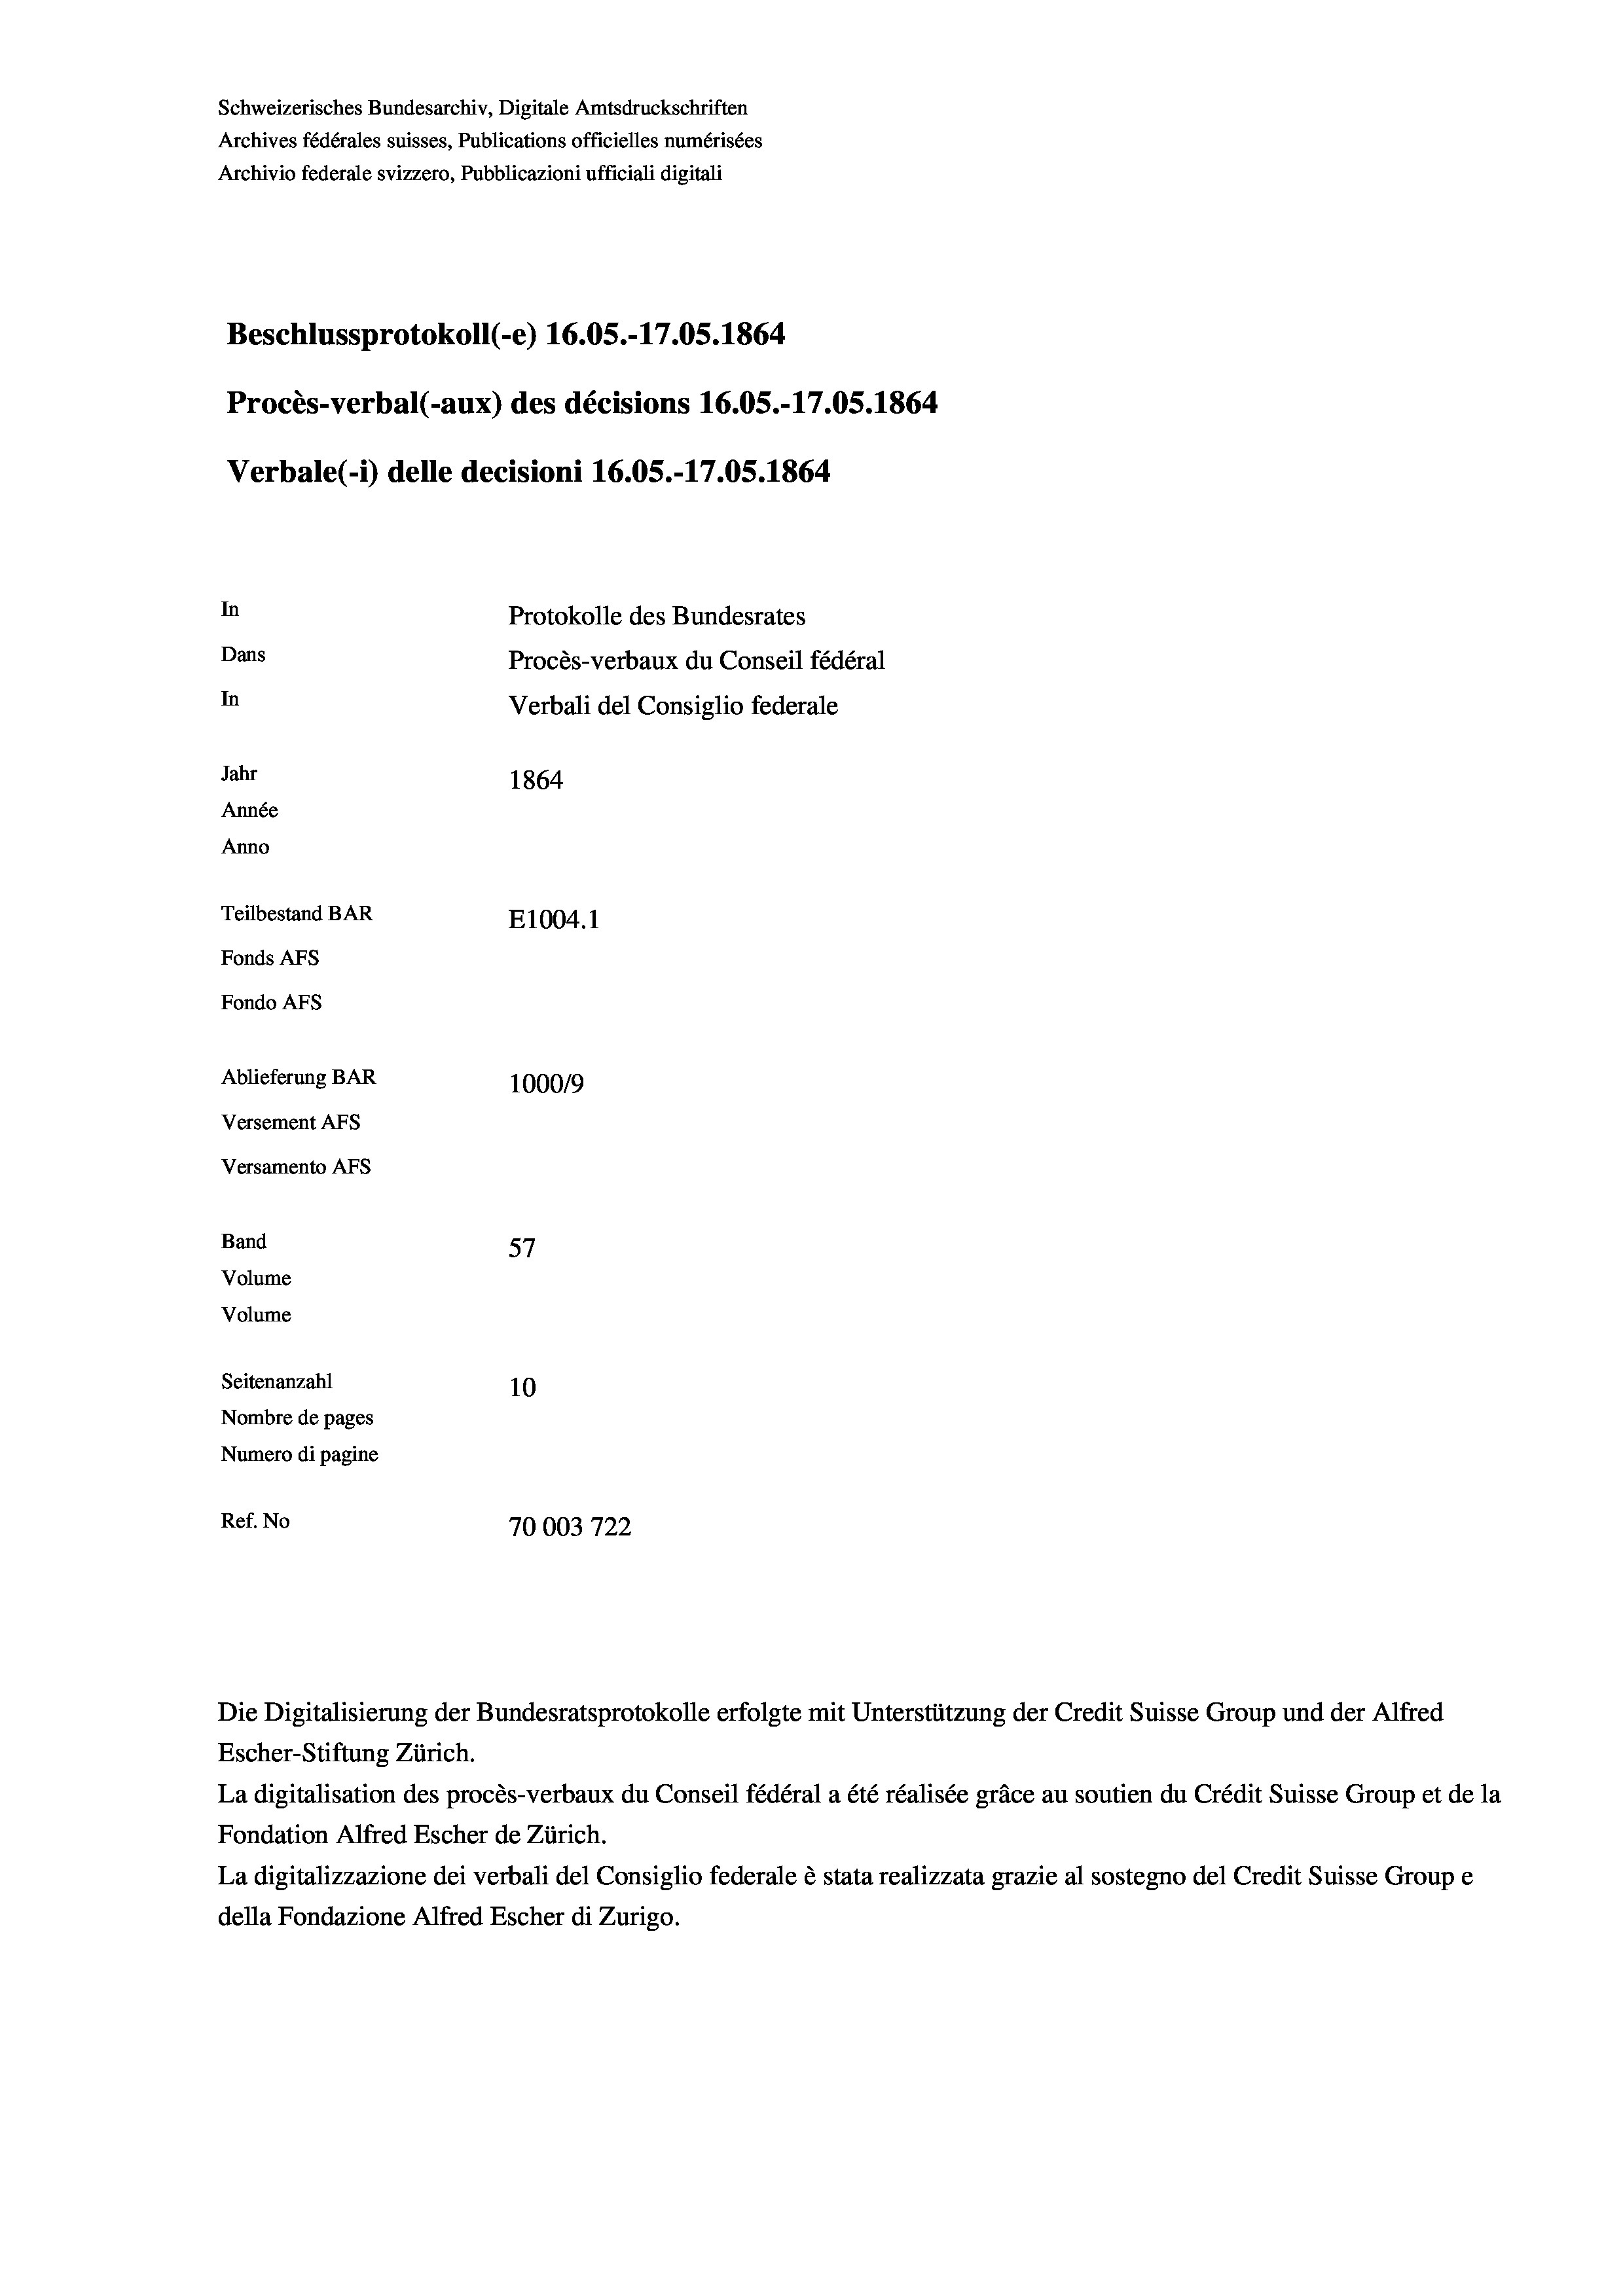
Schweizerisches Bundesarchiv, Digitale Amtsdruckschriften
Archives fédérales suisses, Publications officielles numérisées
Archivio federale svizzero, Pubblicazioni ufficiali digitali
Beschlussprotokoll (-e) 16.05.-17.05. 1864
Procès-verbal (-aux) des décisions 16.05.-17.05. 1864
Verbale (i) delle decisioni 16.05.-17.05. 1864
In
Protokolle des Bundesrates
Dans
Procès-verbaux du Conseil fédéral
In
Verbali del Consiglio federale
Jahr
1864
Année
Anno
Teilbestand BAR
E1004. 1
Fonds AFs
Fondo Afs
Ablieferung BAR
1000/9
Versement AFs
Versamento Afs
f
Band
57
Volume
Volume
Seitenanzahl
10
Nombre de pages
Numero di pagine
Ref. No
70003722

La digitalisation des procès-verbaux du Conseil fédéral a été réalisée gräce au soutien du Crédit Suisse Group et de la
Fondation Alfred Escher de Zürich.
La digitalizzazione dei verbali del Consiglio federale è stata realizzata grazie al sostegno del Credit Suisse Groupe
della Fondazione Alfred Escher di Zurigo.

Die Digitalisierung der Bundesratsprotokolle erfolgte mit Unterstützung der Credit Suisse Group und der Alfred
Escher-Stiftung Zürich.